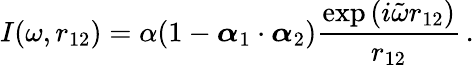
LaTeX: I(\omega,r_{12})=\alpha(1-\boldsymbol{\alpha}_{1}\cdot\boldsymbol{\alpha}_{2})\frac{\exp{(i\tilde{\omega}r_{12})}}{r_{12}}\, .